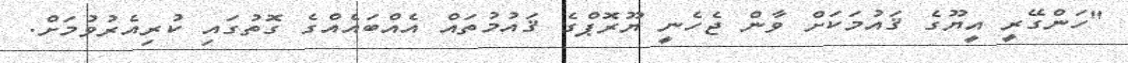
"ހަންގޭރީ އީޔޫގެ ޤައުމަކަށް ވާން ޖެހެނީ ޔޫރޮޕްގެ ޤައުމުތައް އެއްބައެއްގެ ގޮތުގައި ކުރިއެރުވުމަށް.